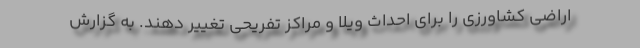
اراضی کشاورزی را برای احداث ویلا و مراکز تفریحی تغییر دهند. به گزارش